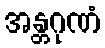
အန္တဂုဏံ